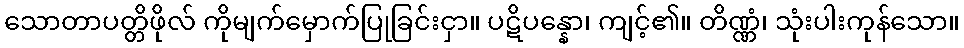
သောတာပတ္တိဖိုလ် ကိုမျက်မှောက်ပြုခြင်းငှာ။ ပဋိပန္နော၊ ကျင့်၏။ တိဏ္ဏံ၊ သုံးပါးကုန်သော။